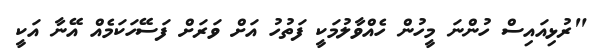
"ރުޅިއައިސް ހުންނަ މީހުން ހެއްވާލުމަކީ ފަތުހު އަށް ވަރަށް ފަސޭހަކަމެއް އޭނާ އަކީ